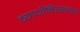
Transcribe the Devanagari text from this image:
व्याधीनिरसनार्थ